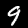
Label: 9